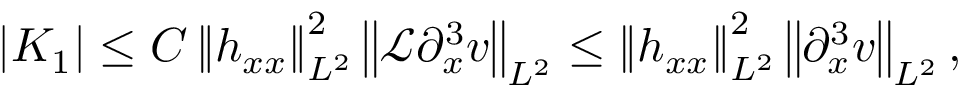
| K _ { 1 } | \leq C \left\| h _ { x x } \right\| _ { L ^ { 2 } } ^ { 2 } \left\| \mathscr { L } \partial _ { x } ^ { 3 } v \right\| _ { L ^ { 2 } } \leq \left\| h _ { x x } \right\| _ { L ^ { 2 } } ^ { 2 } \left\| \partial _ { x } ^ { 3 } v \right\| _ { L ^ { 2 } } ,